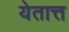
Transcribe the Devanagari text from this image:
येतात्त